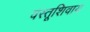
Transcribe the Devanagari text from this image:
वस्तूशिवाय